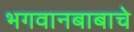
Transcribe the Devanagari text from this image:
भगवानबाबाचे